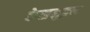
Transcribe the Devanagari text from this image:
केसमुद्रम